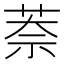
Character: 萘